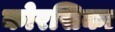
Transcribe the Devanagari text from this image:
कोरसिका